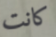
كانت